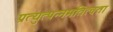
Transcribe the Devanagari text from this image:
प्रत्युत्पन्नमतित्वता